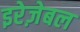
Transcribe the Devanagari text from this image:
इरेज़ेबल